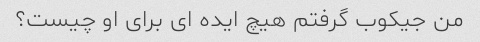
من جیکوب گرفتم هیچ ایده ای برای او چیست؟